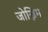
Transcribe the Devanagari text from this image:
जोख्निम